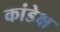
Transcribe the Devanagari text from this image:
कांडेक्ष